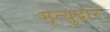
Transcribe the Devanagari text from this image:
मृत्युद्वार